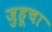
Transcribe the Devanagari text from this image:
जुहूचा